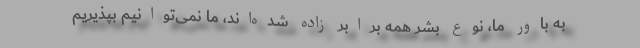
به باور ما، نوع بشر همه برابر زاده شده‌اند، ما نمی‌توانیم بپذیریم